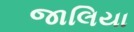
જાલિયા